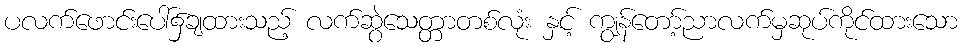
ပလက်ဖောင်းပေါ်၌ချထားသည့် လက်ဆွဲသေတ္တာတစ်လုံး နှင့် ကျွန်တော့်ညာလက်မှဆုပ်ကိုင်ထားသော